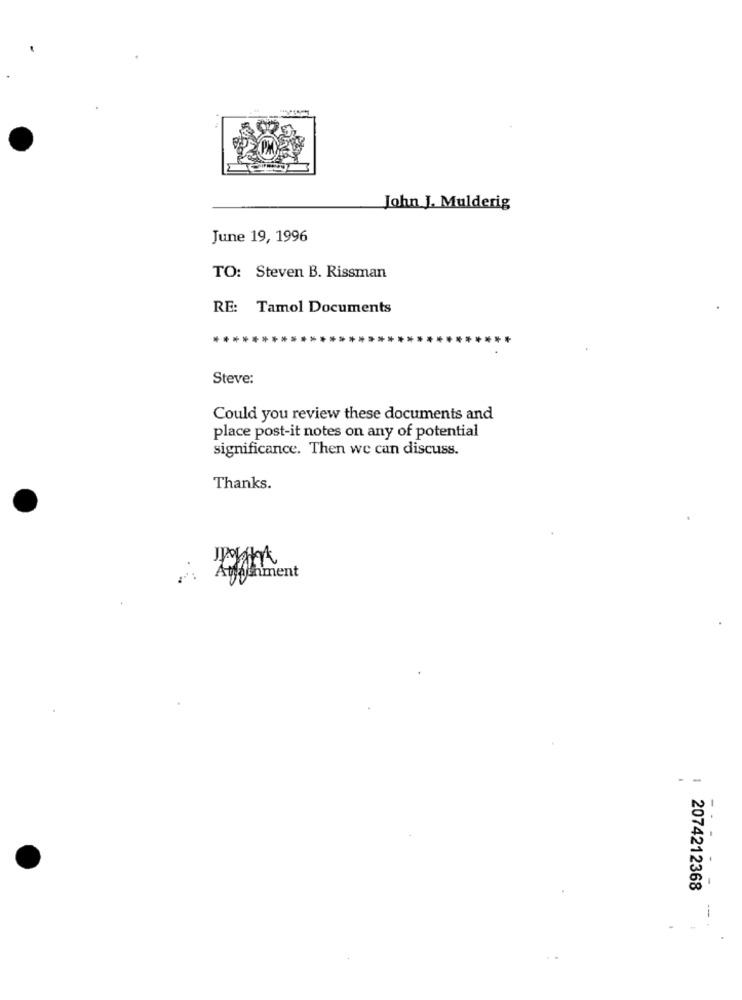
John J. Mulderig
June 19, 1996
TO: Steven B. Rissman
RE:
Tamol Documents
Steve:
Could you review these documents and
place post-it notes on any of potential
significance. Then we can discuss.
Thanks.
Attachment
--
2074212368
--